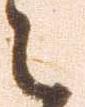
々